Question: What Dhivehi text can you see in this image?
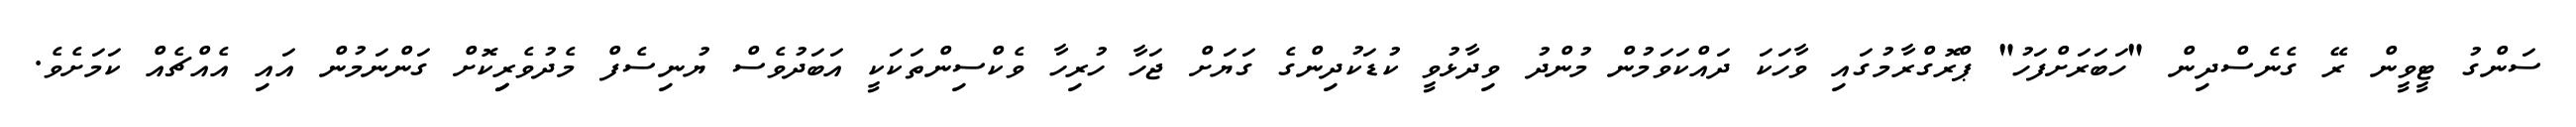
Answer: ސަންގު ޓީވީން ރޭ ގެނެސްދިން "ހަބަރަށްފަހު" ޕްރޮގްރާމުގައި ވާހަކަ ދައްކަވަމުން މުންދު ވިދާޅުވީ ކުޑަކުދިންގެ ގަޔަށް ޖަހާ ހުރިހާ ވެކްސިންތަކަކީ އަބަދުވެސް ޔުނިސެފް މެދުވެރިިކޮށް ގަންނަމުން އައި އެއްޗެއް ކަމަށެވެ.